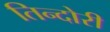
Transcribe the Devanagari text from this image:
तिन्दोरी